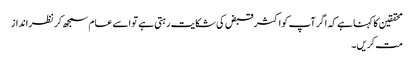
محققین کا کہنا ہے کہ اگر آپ کو اکثر قبض کی شکایت رہتی ہے تو اسے عام سمجھ کر نظر انداز
مت کریں۔